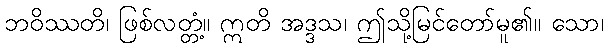
ဘဝိဿတိ၊ ဖြစ်လတ္တံ့။ ဣတိ အဒ္ဒသ၊ ဤသို့မြင်တော်မူ၏။ သော၊